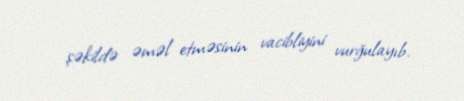
şəkildə əməl etməsinin vacibliyini vurğulayıb.